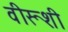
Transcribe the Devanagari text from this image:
वीरूशी